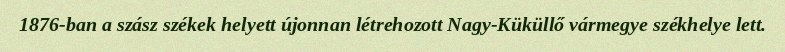
1876-ban a szász székek helyett újonnan létrehozott Nagy-Küküllő vármegye székhelye lett.